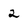
Character: 2